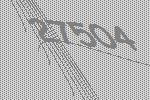
27504